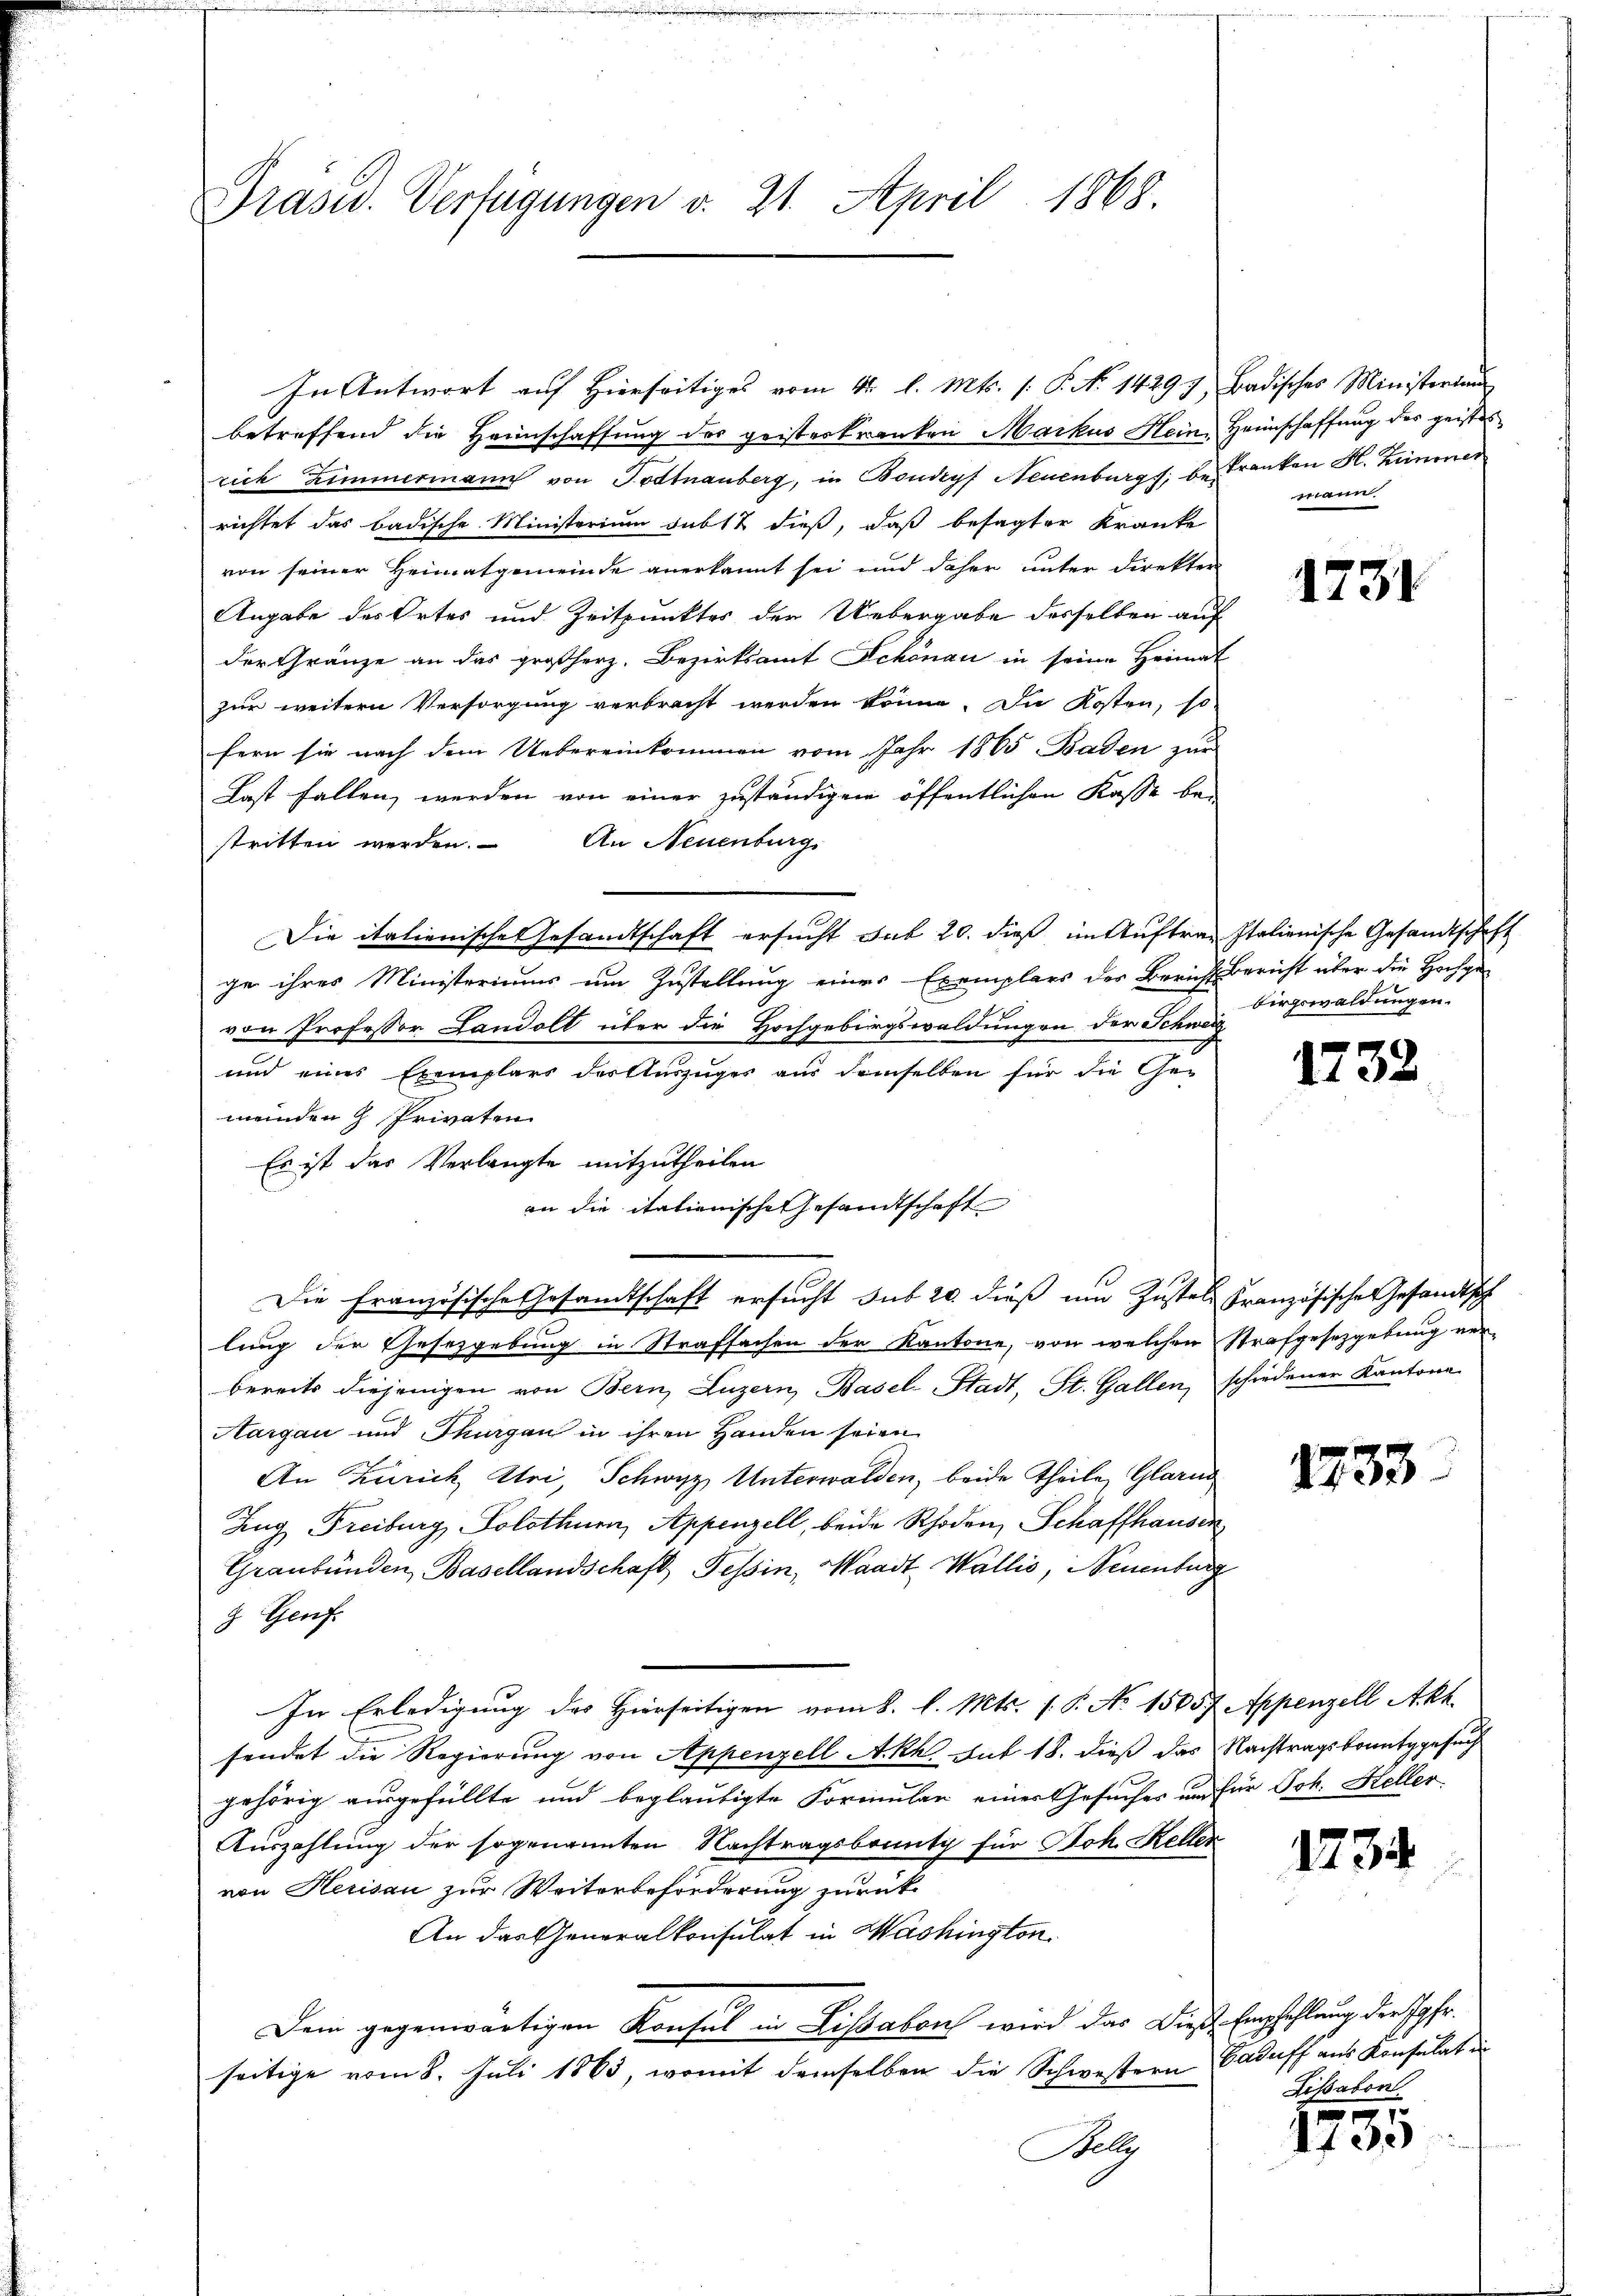
Präsid. Verfügungen v. 21. April 1868

In Antwort auf Hierseitiges vom 11. l. Mts. (: P. No. 1429 7, Badisches Ministerium
betreffend die Heimschaffung der geisterkranken Markus Hein, Heimschaffung des geistes
rich Zimmermann von Todtnauberg, in Boudryf Neuenburgs, be Franken H. Zimmer
richtet das badische Ministerium sub 12 dieß, daß besagter Kranke
von seiner Heimatgemeinde anerkannt sei und daher unter Direkter
Angabe des Ortes und Zeitpunktes der Uebergabe desselben auf
der Gränze an das großherz. Bezirksamt Schönau in seine Heimat
zur weitern Versorgung verbracht werden könne. Die Kosten, so
fern sie nach dem Uebereinkommen vom Jahr 1865 Baden zur
Last fallen, werden von einer zuständigen öffentlichen Kasse bei
stritten werden. An Neuenburgs
Die italienische Gesandtschaft ersucht sub 20. dieß im Auftrag Italienische Gesandtschaft
ge ihres Ministeriums um Zustellung eines Exemplars des Bericht Bericht über die Hochgevon Professor Candolt über die Hochgebirgswaldungen der Schweiz
und eines Exemplars der Auszuges aus demselben für die Ge-
meinden 9 Privaten
Es ist das Verlangte mitzutheilen
an die itationische Gesandtschaft
Die Französische Gesandtschaft ersucht sub 20 dieß um Zustell Französische Gesandtsch
lung der Gesetzgebung in Strafsachen der Kantone, von welchen Strafgesetzgebung verbereits diejenigen von Bern, Luzern, Basel-Stadt, St. Gallen, schiedener Kantone
Aargau und Thurgau in ihren Handen seien
An Zürich, Uri, Schwyz, Unterwalden, beide Theile, Glarus
Zug Freiburg, Solothurn, Appenzell, beide Rhoden, Schaffhausen
Graubünden Basellandschaft, Tessin, Waadt, Wallis, Neuenburg
g. Genf.
In Erledigung des Hierseitigen vom 2. l. Mts. s. S. No 15657. Appenzell Akt.
sendet die Regierung von Appenzell Akk. sub 18. dieß das Nachtragskomitgesucht
gehörig ausgefüllte und beglaubigte Formular einer Gesucher und für Joh. Heller
Auszahlung der sogenannten Nachtragsbounty für Joh. Keller
von Herisau zur Weiterbeförderung zurück¬
An das Generalkonsulat in Washington
Dein gegenwärtigen Konsul in Lisabon wird das Dieß-Empfehlung der Jgfr.
seitige vom 8. Juli 1863, womit demselben die Schwestern Caduff aus Konsulat in
Ply

mann.

1731

birgswaldungen.

1732

1733

1734

Lissabon.

1735